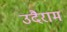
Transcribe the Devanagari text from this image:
उदैराम